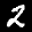
Label: 2